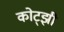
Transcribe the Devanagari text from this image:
कोट्झी